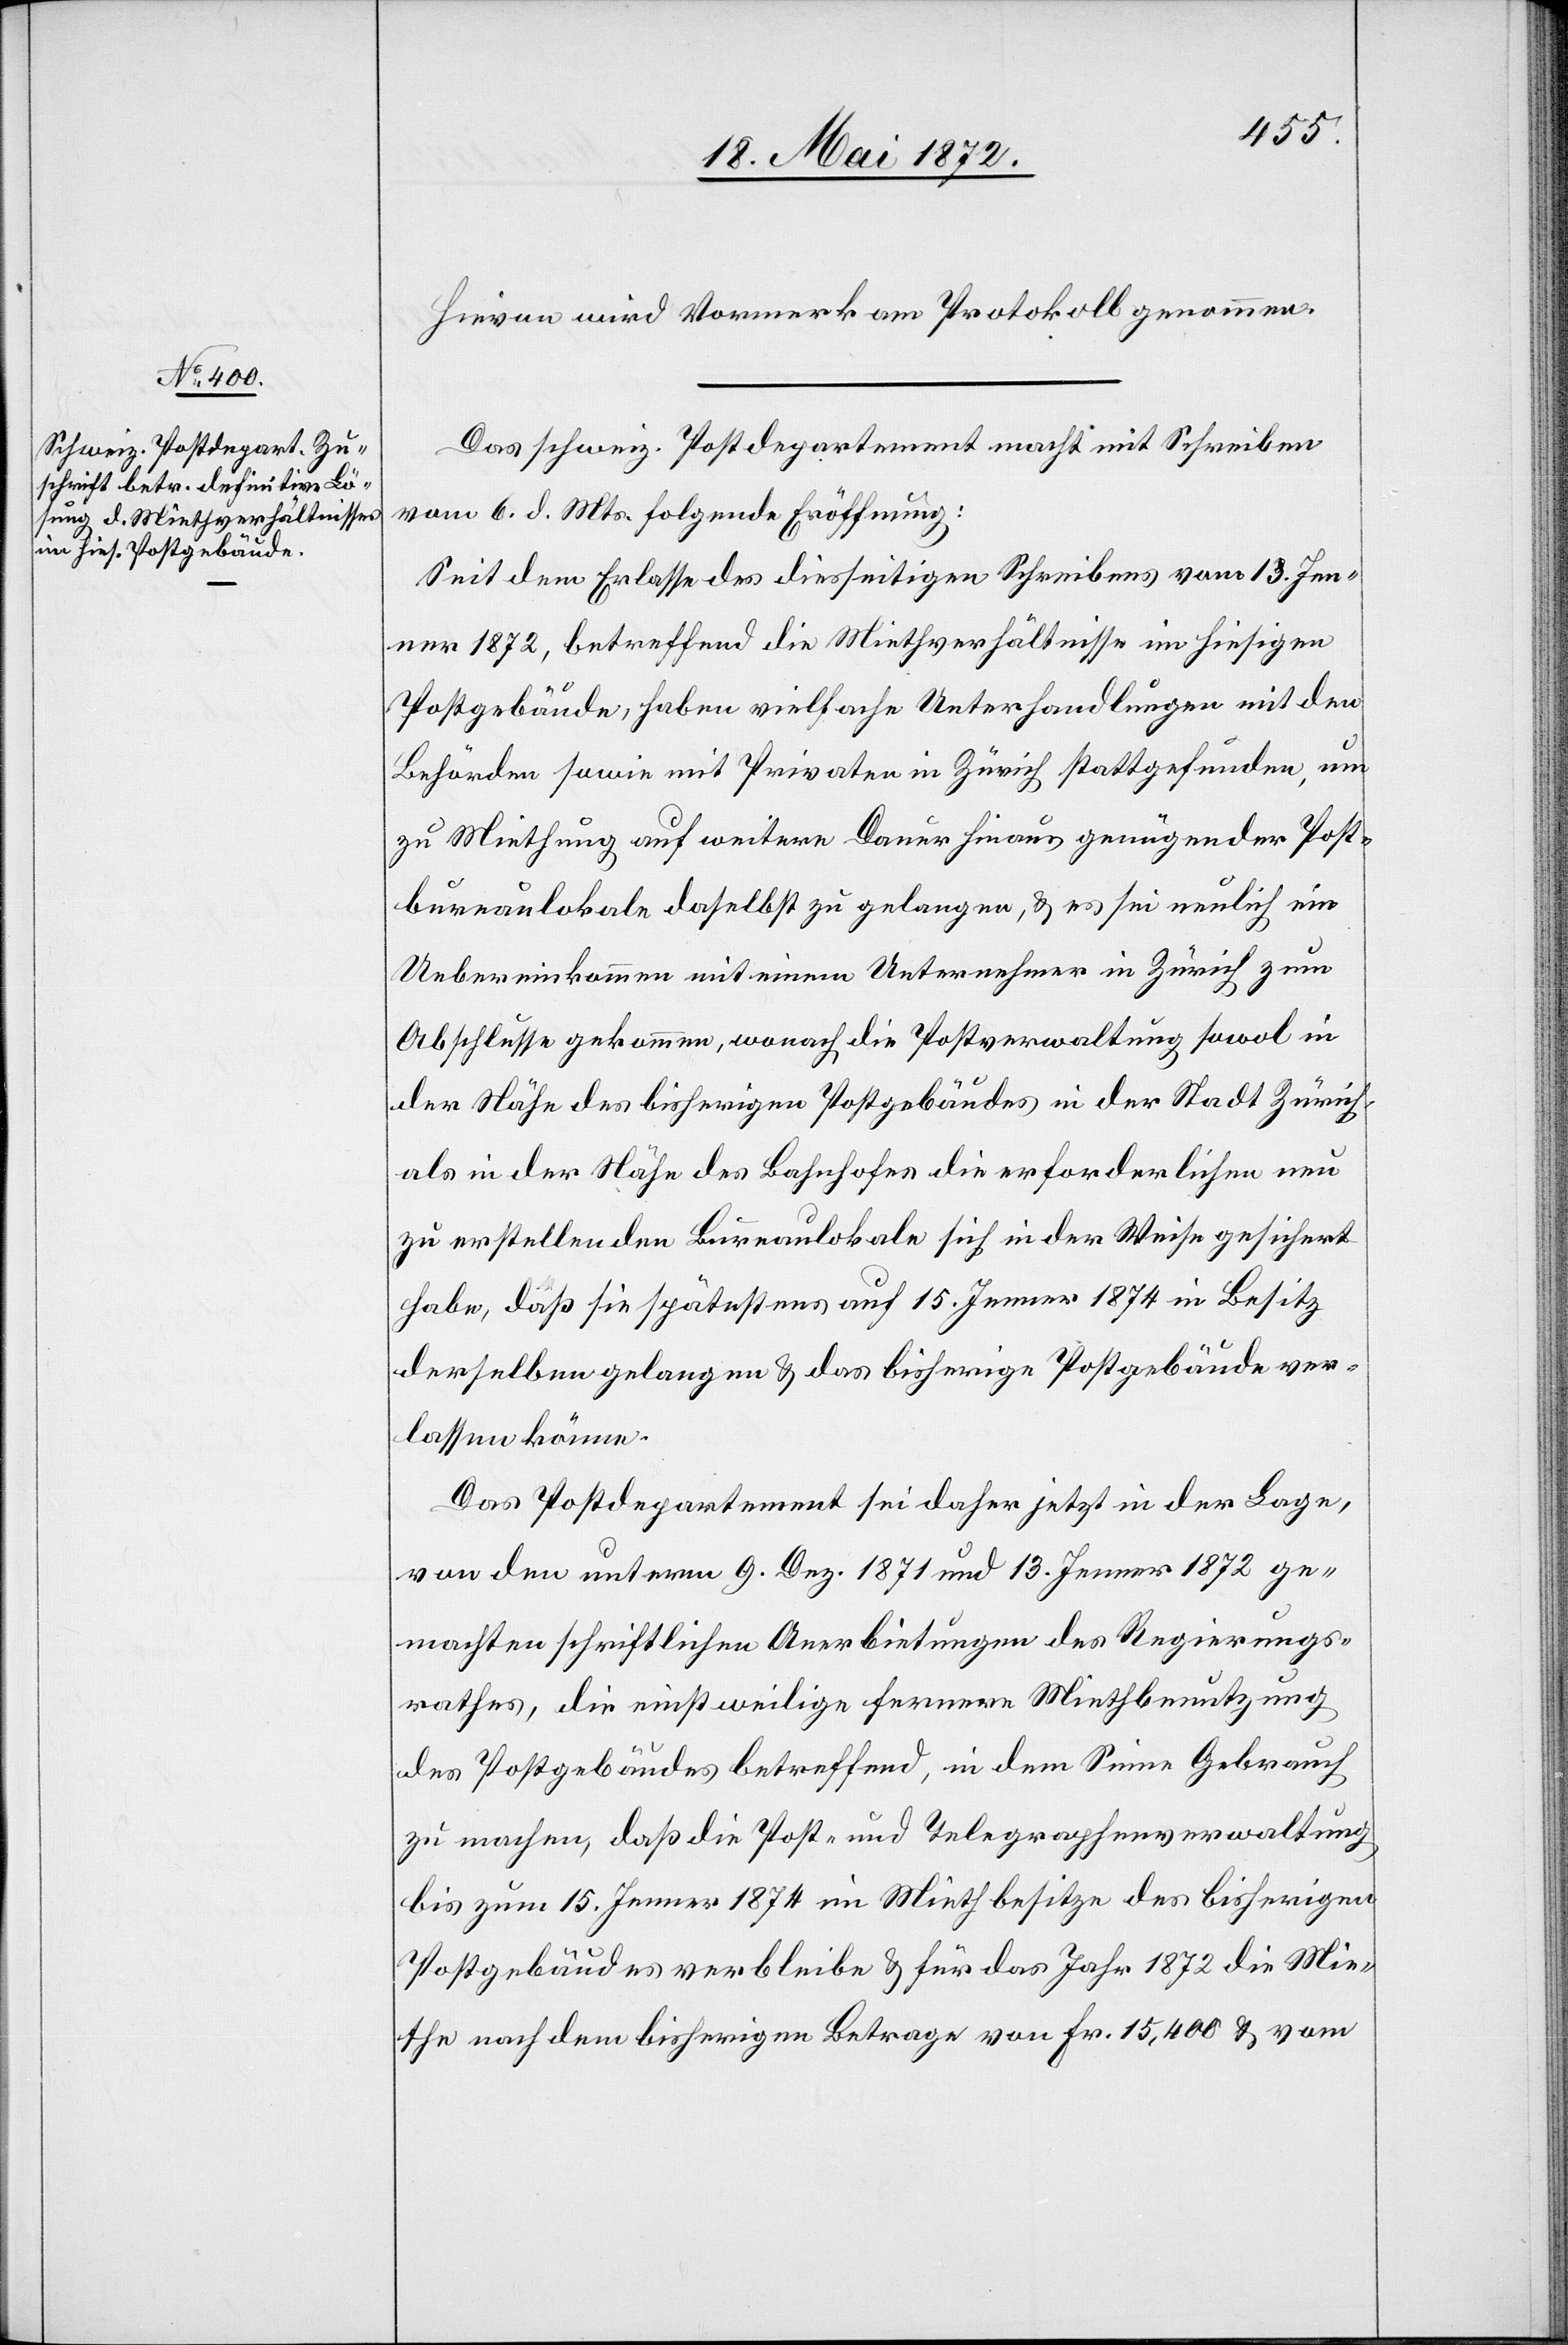
Hievon wird Vormerk am Protokoll genommen.
Das schweiz. Postdepartement macht mit Schreiben
vom 6. d. Mts. folgende Eröffnung:
Seit dem Erlasse des diesseitigen Schreibens vom 13. Jen¬
ner 1872, betreffend die Miethverhältnisse im hiesigen
Postgebäude, haben vielfache Unterhandlungen mit den
Behörden sowie mit Privaten in Zürich stattgefunden, um
zu Miethung auf weitere Dauer hinaus genügender Post¬
bureaulokale daselbst zu gelangen, u. es sei neulich ein
Uebereinkommen mit einem Unternehmer in Zürich zum
Abschlusse gekommen, wonach die Postverwaltung sowol in
der Nähe des bisherigen Postgebäudes in der Stadt Zürich
als in der Nähe des Bahnhofes die erforderlichen neu
zu erstellenden Bureaulokale sich in der Weise gesichert
habe, daß sie spätestens auf 15. Jenner 1874 in Besitz
derselben gelangen u. das bisherigen Postgebäude ver¬
lassen könne.
Das Postdepartement sei daher jetzt in der Lage,
von den unterm 9. Dez. 1871 und 13. Jenner 1872 ge¬
machten schriftlichen Anerbietungen des Regierungs¬
rathes, die einstweilige fernere Miethbenutzung
des Postgebäudes betreffend, in dem Sinne Gebrauch
zu machen, daß die Post- und Telegraphenverwaltung
bis zum 15. Jenner 1874 im Miethbesitze des bisherigen
Postgebäudes verbleibe u. für das Jahr 1872 die Mie¬
the nach dem bisherigen Betrage von Fr. 15,400 u. vom